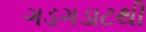
ગડગડાટથી